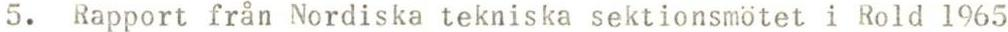
5. Rapport från Nordiska tekniska sektionsmötet i Rold 1965